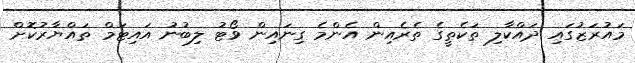
މައުރަޒުގައި ދައްކާލި ތަކެތީގެ ތެރެއިން އެންމެ ގިނައިން ވޯޓު ލިބުނު އައިޓަމް ތައްޔާރުކޮށް